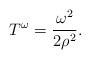
LaTeX: \begin{align*}T^{\omega}=\frac{\omega^{2}}{2\rho^{2}}. \end{align*}